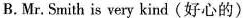
B.Mr. Smith is very kind(好心的).